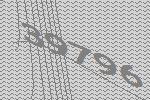
39796